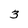
Character: 3